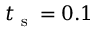
t _ { \textrm { s } } = 0 . 1